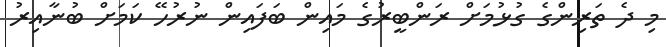
މި ދެ ތަރިންގެ ގުޅުމަށް ރަންބީރުގެ މައިން ބަފައިން ނުރުހޭ ކަމަށް ބުނާއިރު